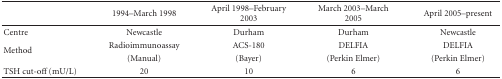
<table><thead><tr><td></td><td><b>1994–March 1998</b></td><td><b>April 1998–February 2003</b></td><td><b>March 2003–March 2005</b></td><td><b>April 2005–present</b></td></tr></thead><tbody><tr><td>Centre</td><td>Newcastle</td><td>Durham</td><td>Durham</td><td>Newcastle</td></tr><tr><td rowspan="2">Method</td><td>Radioimmunoassay</td><td>ACS-180</td><td>DELFIA</td><td>DELFIA</td></tr><tr><td>(Manual)</td><td> (Bayer)</td><td>(Perkin Elmer)</td><td>(Perkin Elmer)</td></tr><tr><td>TSH cut-off (mU/L)</td><td>20</td><td>10</td><td>6</td><td>6</td></tr></tbody></table>